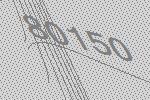
80150